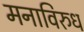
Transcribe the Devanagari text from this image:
मनाविरुध